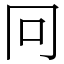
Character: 冋